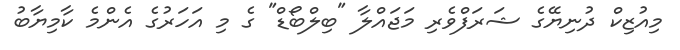
މިއުޒިކް ދުނިޔޭގެ ޝަރަފްވެރި މަޖައްލާ "ބިލްބޯޑް" ގެ މި އަހަރުގެ އެންމެ ކާމިޔާބު